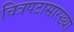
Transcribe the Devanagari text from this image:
चित्रपटासारख्या